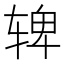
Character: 𬨌